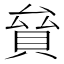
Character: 𧵱